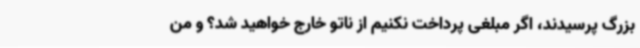
بزرگ پرسیدند، اگر مبلغی پرداخت نکنیم از ناتو خارج خواهید شد؟ و من